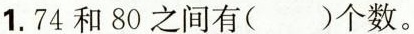
1.74和80之间有( )个数。